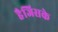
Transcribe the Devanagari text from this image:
हैजिसके